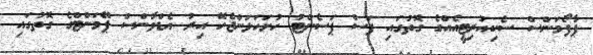
ޕާފޯމަންސް ސެކިއުރިޓީއެއްގެ ގޮތުގައި ފަސް ޕަސެންޓު ހުށަހަޅަންޖެހޭ އިރު އެޑްވާންސް ޕޭމަންޓްގެ ގޮތުގައި